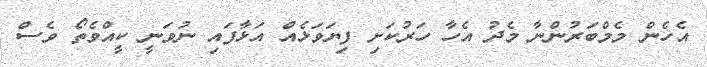
އެހެން މެމްބަރުންނާ މެދު އެހާ ހަރުކަށި ފިޔަވަޅެއް އަޅާފައި ނުވަނީ ކީއްވެތޯ ވެސް